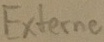
Text: Externe